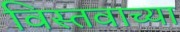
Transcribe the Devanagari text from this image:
विस्तवाच्या